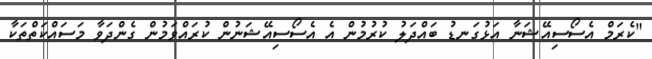
"ކެރަމް އެސޯސިއޭޝަނާ އަޅުގަނޑު ބައްދަލު ކުރުމުން އެ އެސޯސިއޭޝަނުން ކުރައްވަމުން ގެންދަވާ މަސައްކަތްތަކާ